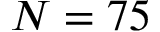
N = 7 5